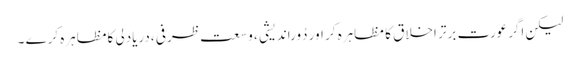
لیکن اگرعورت برتر اخلاق کا مظاہرہ کر اور دُوراندیشی ، وسعت ظرفی ،دریادلی کامظاہرہ کرے ۔